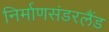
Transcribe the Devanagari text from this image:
निर्माणसंडरलैंड